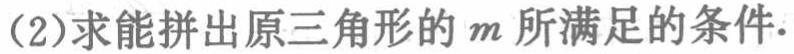
(2)求能拼出原三角形的\(m\)所满足的条件.